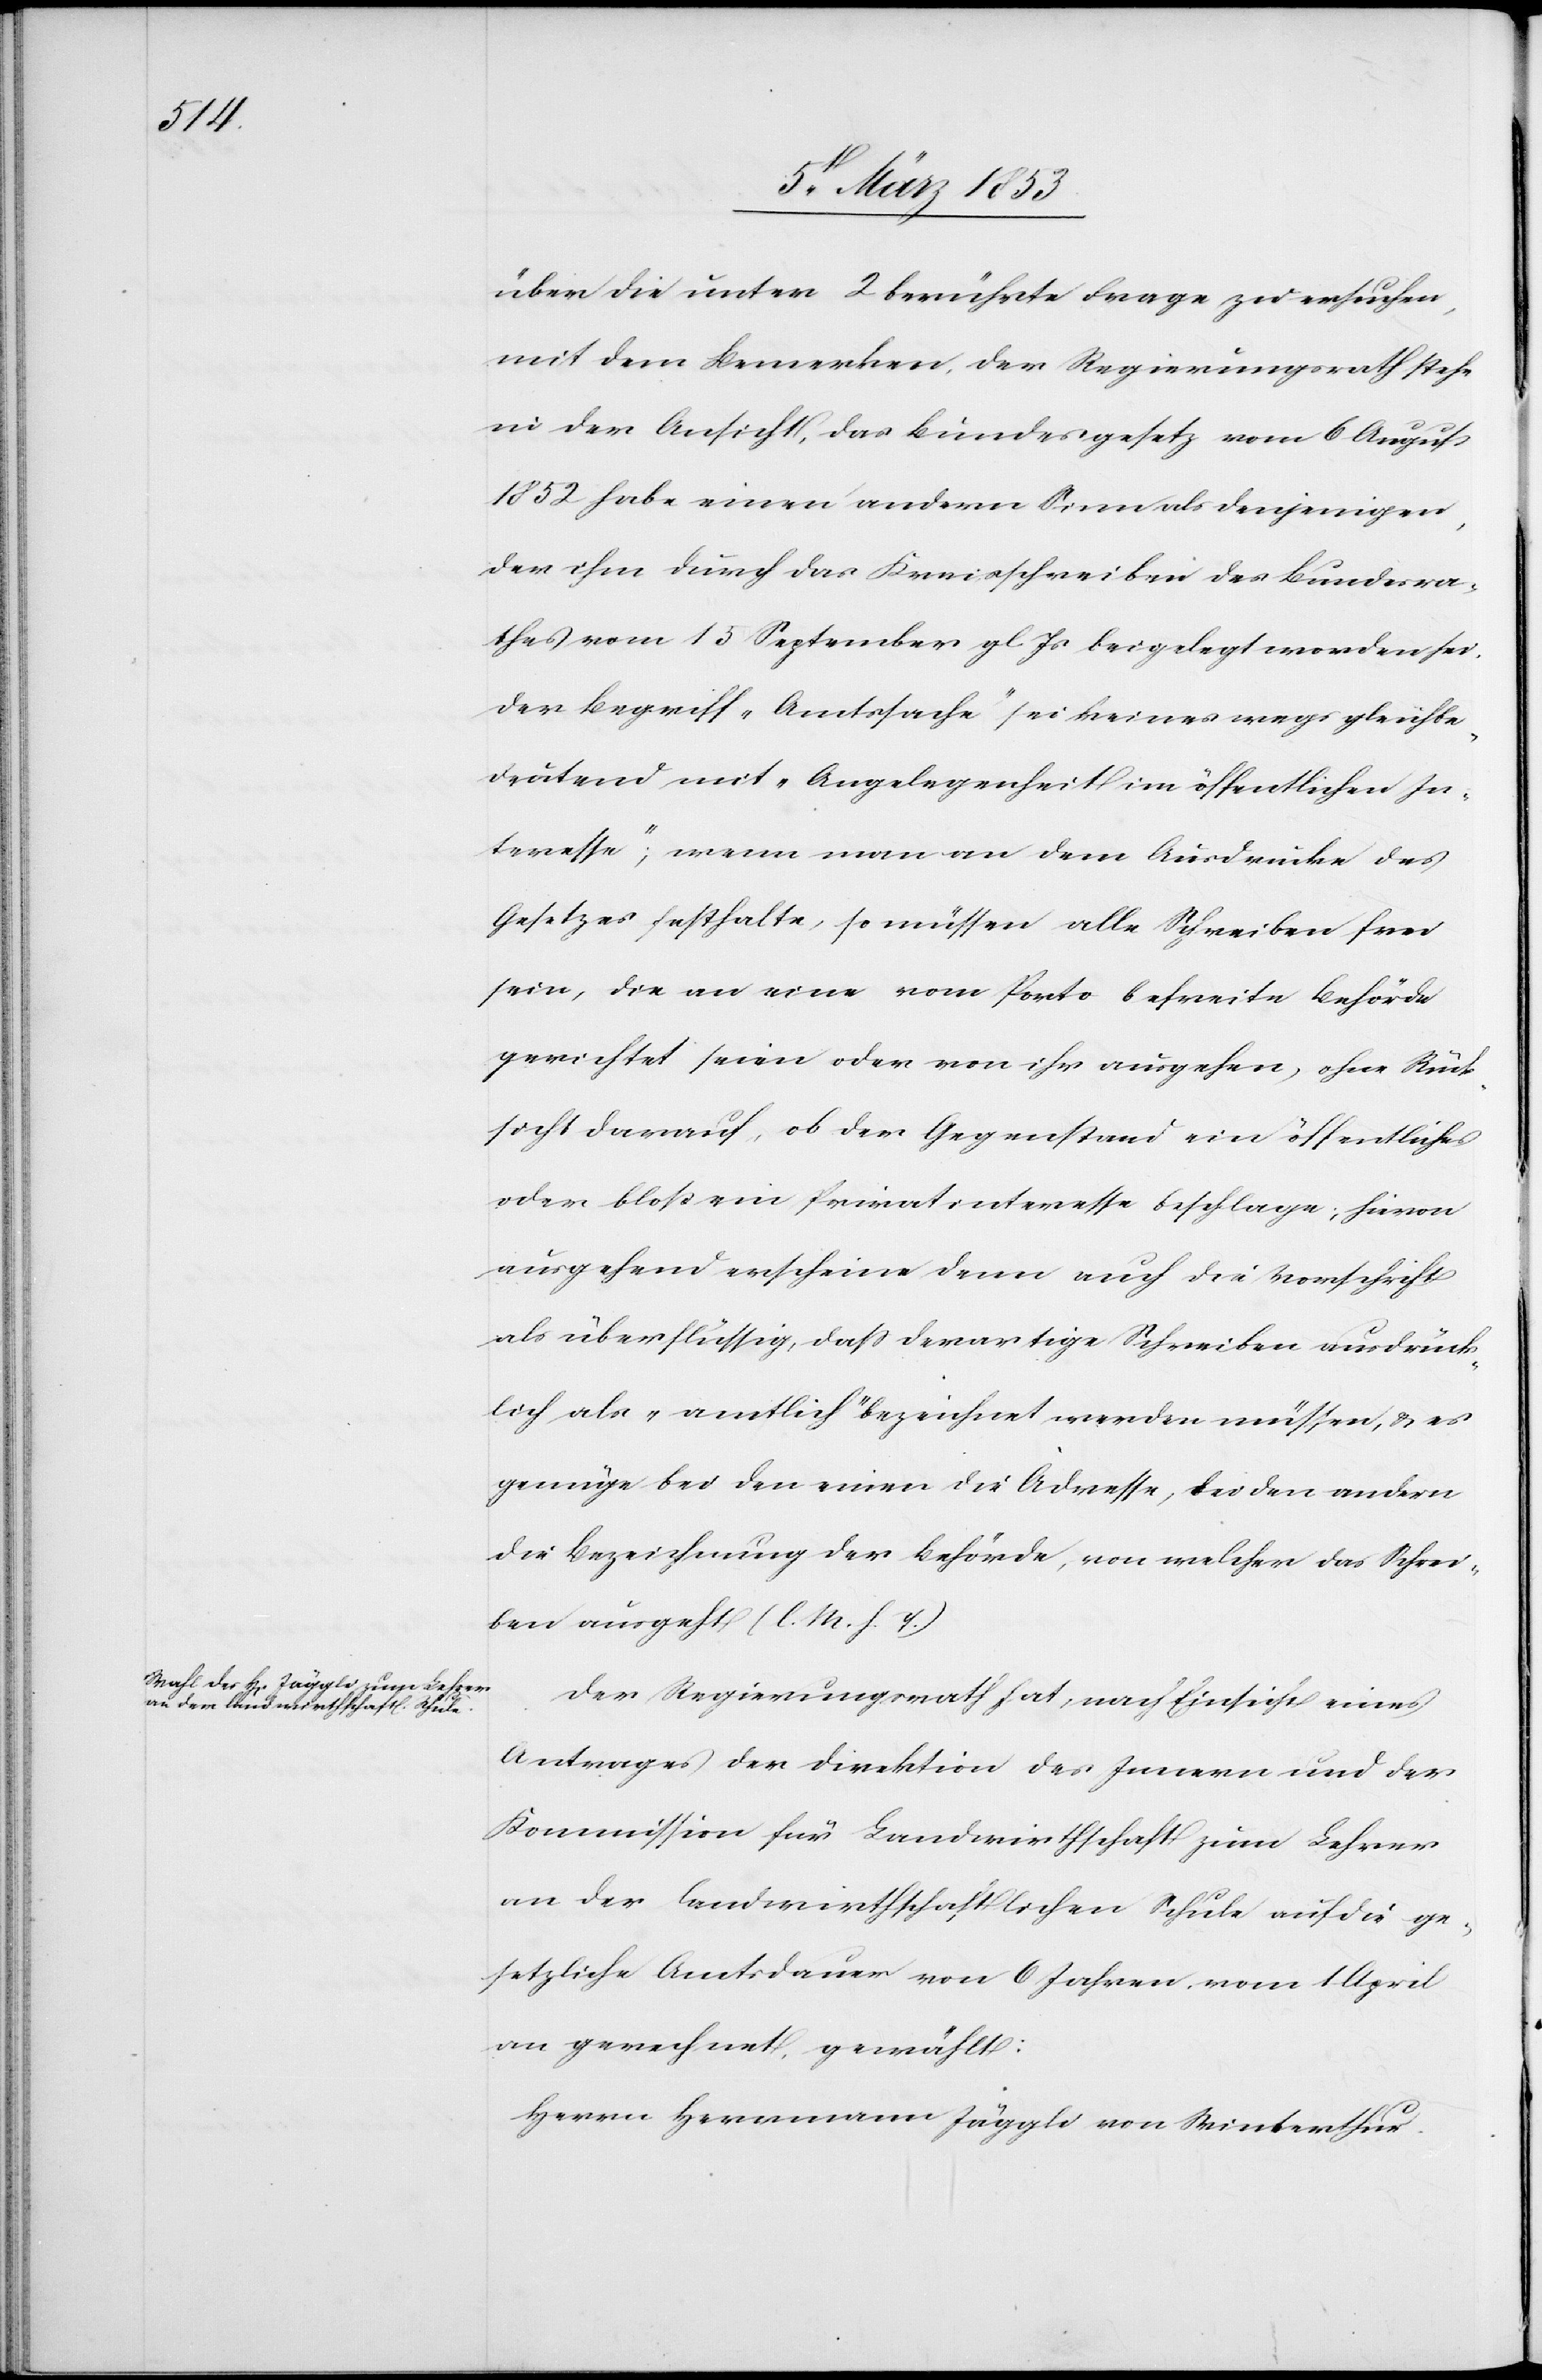
über die unter 2 berührte Frage zu ersuchen,
mit dem Bemerken, der Regierungsrath stehe
in der Ansicht, das Bundesgesetz vom 6 August
1852 habe einen andern Sinn als denjenigen,
der ihm durch das Kreisschreiben des Bundesra¬
thes vom 15 September gl. Js. beigelegt worden sei.
Der Begriff „Amtssache“ sei keineswegs gleichbe¬
deutend mit „Angelegenheit im öffentlichen In¬
teresse“, wenn man an dem Ausdrucke des
Gesetzes festhalte, so müssen alle Schreiben frei
sein, die an eine vom Porto befreite Behörde
gerichtet seien oder von ihr ausgehen, ohne Rück¬
sicht darauf, ob der Gegenstand ein öffentliches
oder bloß ein Privatinteresse beschlage; hievon
ausgehend erscheine denn auch die Vorschrift
als überflüssig, daß derartige Schreiben ausdrück¬
lich als „amtlich“ bezeichnet werden müssen, u. es
genüge bei den einen die Adresse, bei den andern
die Bezeichnung der Behörde, von welcher das Schrei¬
ben ausgeht [l. M. h. T]
Der Regierungsrath hat, nach Einsicht eines
Antrages der Direktion des Innern und der
Kommission für Landwirthschaft zum Lehrer
an der landwirthschaftlichen Schule auf die ge¬
setzliche Amtsdauer von 6 Jahren vom 1 April
an gerechnet, gewählt:
Herrn Herrmann Jäggli von Winterthur